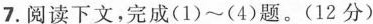
7.固读下文，完成(1)~(4)题。(12分)